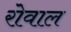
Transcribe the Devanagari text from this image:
रोवाल